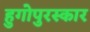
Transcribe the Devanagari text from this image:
हुगोपुरस्कार